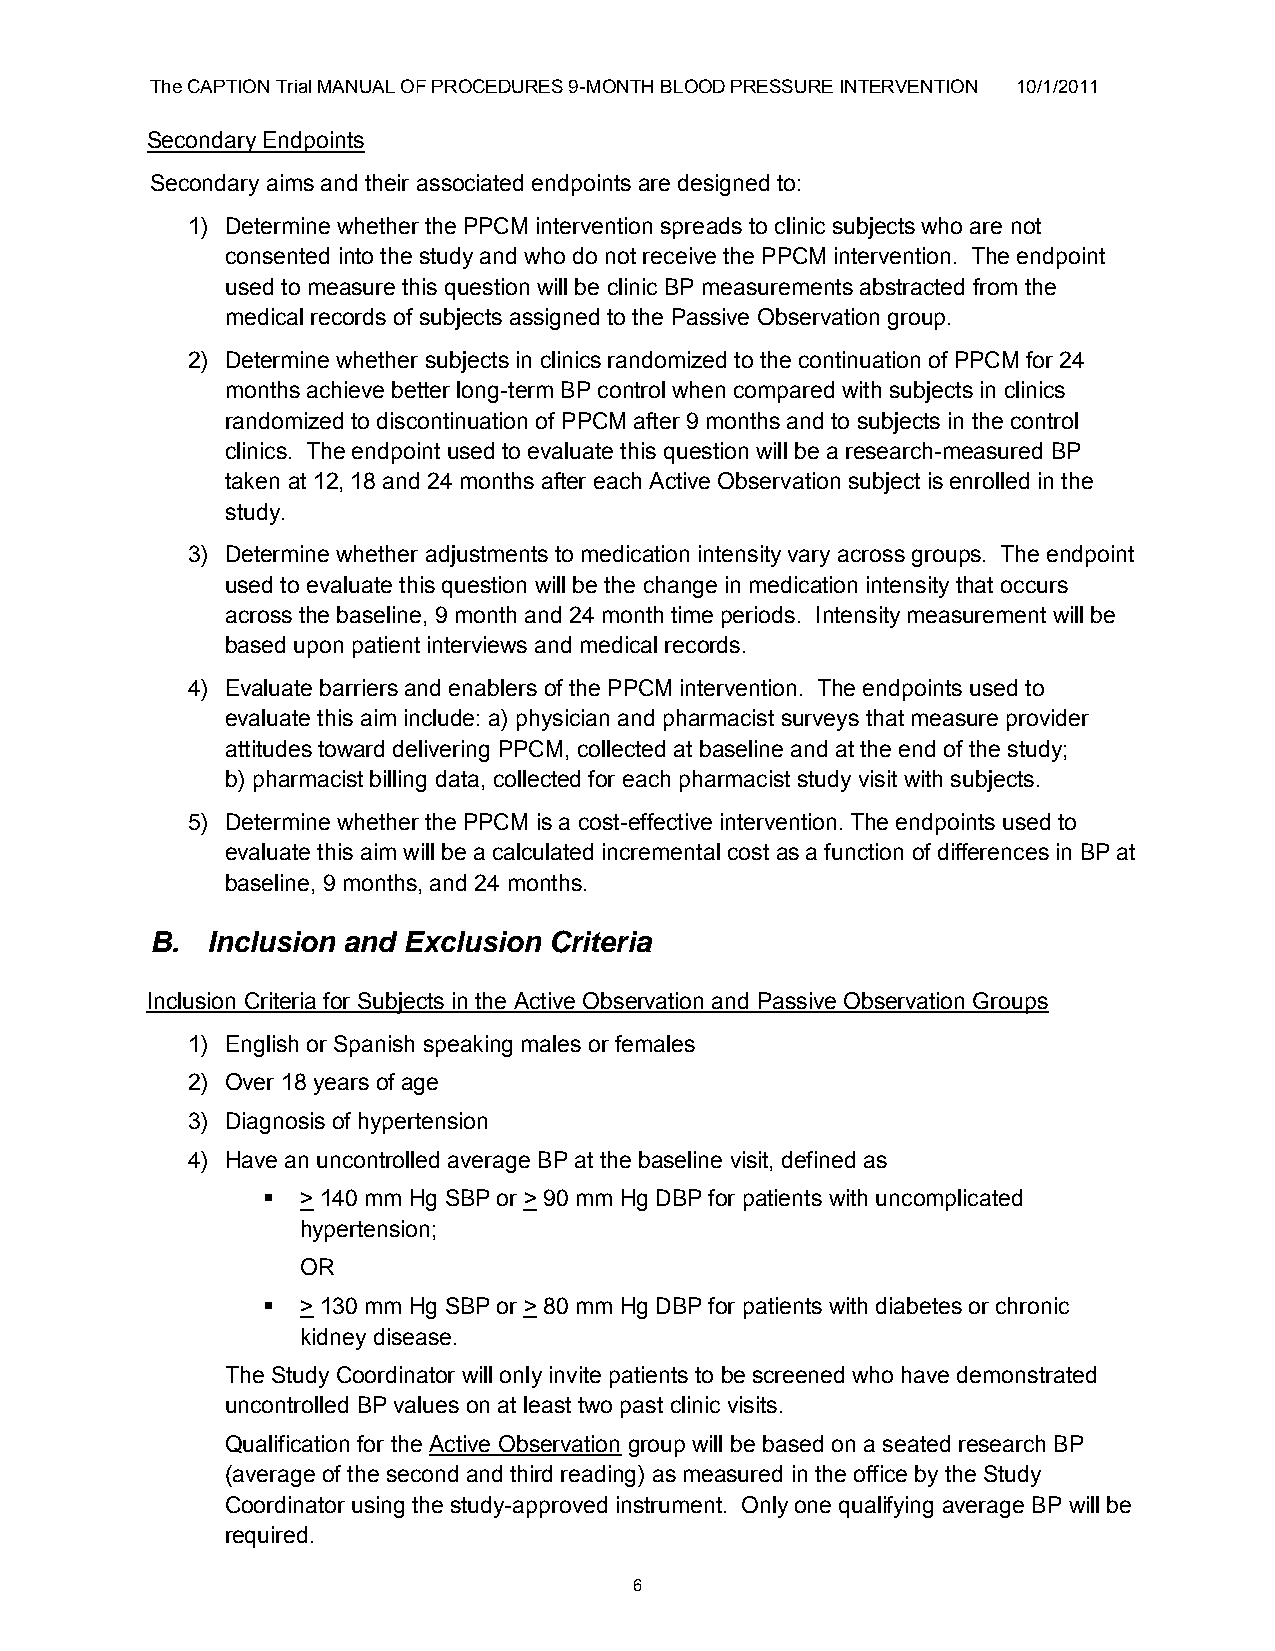
The CAPTION Trial MANUAL OF PROCEDURES 9-MONTH BLOOD PRESSURE INTERVENTION 10/1/2011
 Secondary Endpoints
 Secondary aims and their associated endpoints are designed to:
 1) Determine whether the PPCM intervention spreads to clinic subjects who are not
 consented into the study and who do not receive the PPCM intervention. The endpoint
 used to measure this question will be clinic BP measurements abstracted from the
 medical records of subjects assigned to the Passive Observation group.
 2) Determine whether subjects in clinics randomized to the continuation of PPCM for 24
 months achieve better long-term BP control when compared with subjects in clinics
 randomized to discontinuation of PPCM after 9 months and to subjects in the control
 clinics. The endpoint used to evaluate this question will be a research-measured BP
 taken at 12, 18 and 24 months after each Active Observation subject is enrolled in the
 study.
 3) Determine whether adjustments to medication intensity vary across groups. The endpoint
 used to evaluate this question will be the change in medication intensity that occurs
 across the baseline, 9 month and 24 month time periods. Intensity measurement will be
 based upon patient interviews and medical records.
 4) Evaluate barriers and enablers of the PPCM intervention. The endpoints used to
 evaluate this aim include: a) physician and pharmacist surveys that measure provider
 attitudes toward delivering PPCM, collected at baseline and at the end of the study;
 b) pharmacist billing data, collected for each pharmacist study visit with subjects.
 5) Determine whether the PPCM is a cost-effective intervention. The endpoints used to
 evaluate this aim will be a calculated incremental cost as a function of differences in BP at
 baseline, 9 months, and 24 months.
 B.  Inclusion and Exclusion Criteria
 Inclusion Criteria for Subjects in the Active Observation and Passive Observation Groups
 1) English or Spanish speaking males or females
 2) Over 18 years of age
 3) Diagnosis of hypertension
 4) Have an uncontrolled average BP at the baseline visit, defined as
   > 140 mm Hg SBP or > 90 mm Hg DBP for patients with uncomplicated
 hypertension;
 OR
   > 130 mm Hg SBP or > 80 mm Hg DBP for patients with diabetes or chronic
 kidney disease.
 The Study Coordinator will only invite patients to be screened who have demonstrated
 uncontrolled BP values on at least two past clinic visits.
 Qualification for the Active Observation group will be based on a seated research BP
 (average of the second and third reading) as measured in the office by the Study
 Coordinator using the study-approved instrument. Only one qualifying average BP will be
 required.
 6